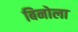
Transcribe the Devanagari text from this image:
बिनोला